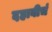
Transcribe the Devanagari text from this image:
दहावीचं